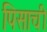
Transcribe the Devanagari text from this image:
पिसाची